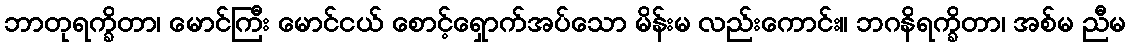
ဘာတုရက္ခိတာ၊ မောင်ကြီး မောင်ငယ် စောင့်ရှောက်အပ်သော မိန်းမ လည်းကောင်း။ ဘဂနိရက္ခိတာ၊ အစ်မ ညီမ